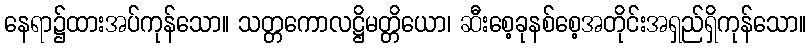
နေရာ၌ထားအပ်ကုန်သော။ သတ္တကောလဋ္ဌိမတ္တိယော၊ ဆီးစေ့ခုနစ်စေ့အတိုင်းအရှည်ရှိကုန်သော။